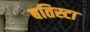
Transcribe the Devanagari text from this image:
बतिस्टा